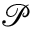
\mathcal { P }